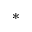
^ \ast